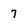
Character: 7